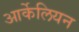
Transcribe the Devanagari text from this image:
आर्केलियन